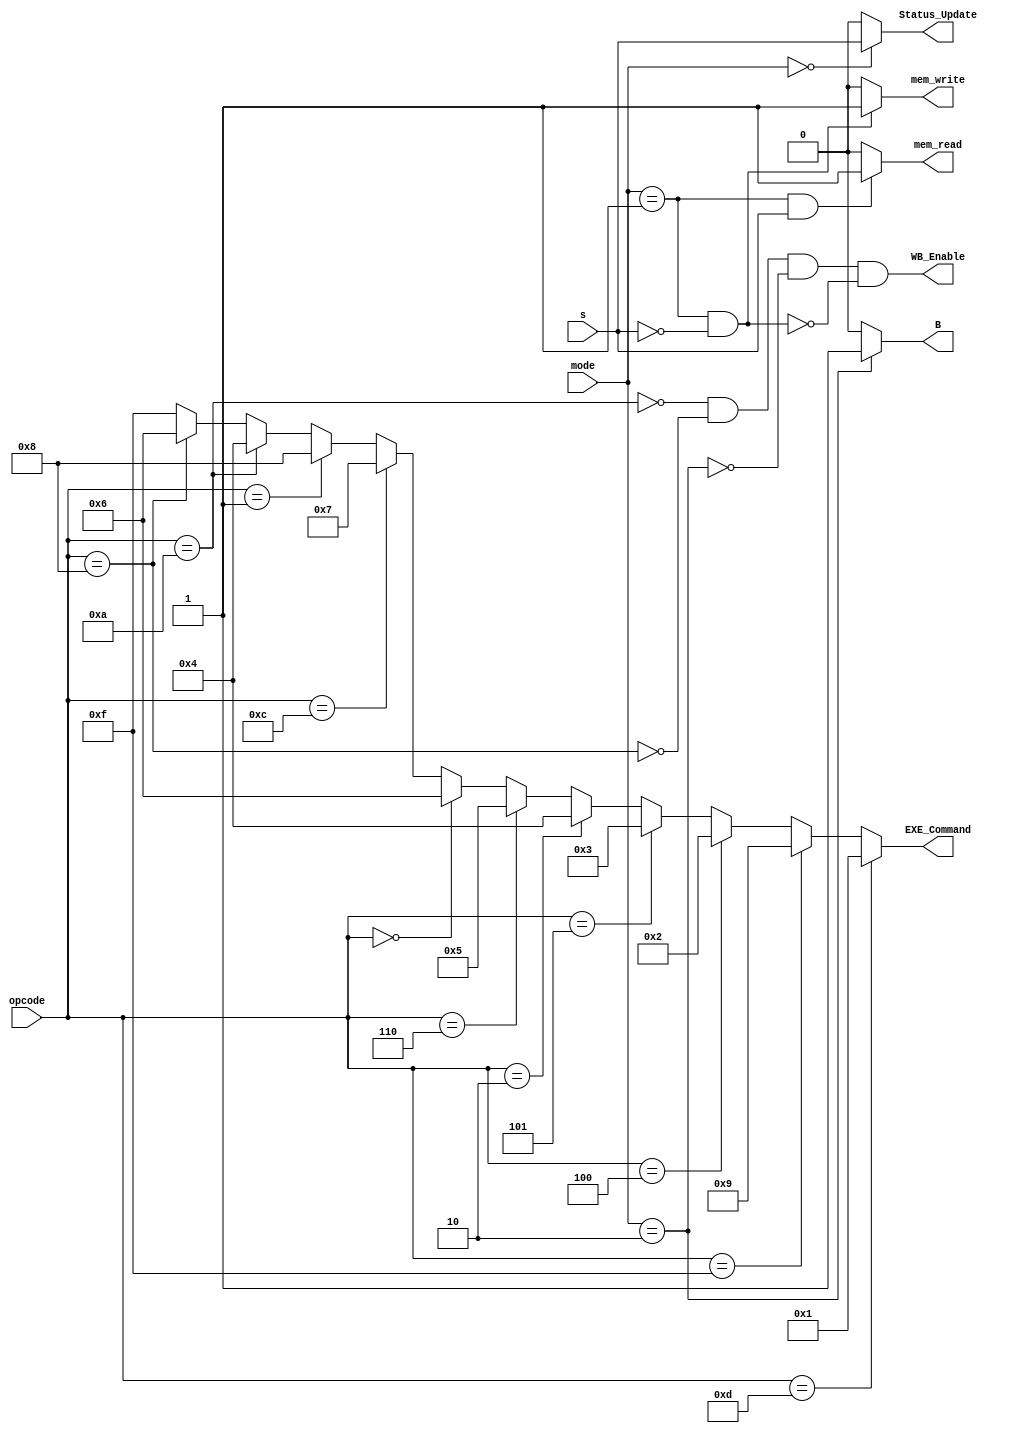
module Control_Unit (
	mode,
	opcode,
	s,
	EXE_Command,
	mem_read,
	mem_write,
	WB_Enable,
	B,
	Status_Update
);

	input [1:0] mode;
	input [3:0] opcode;
	input s;
	output [3:0] EXE_Command;
	output mem_read, mem_write;
	output WB_Enable;
	output B;
	output reg Status_Update;

	assign EXE_Command =  opcode == 4'b1101 ? 4'b0001 : 
						opcode == 4'b1111 ? 4'b1001 :
						opcode == 4'b0100 ? 4'b0010 :
						opcode == 4'b0101 ? 4'b0011 :
						opcode == 4'b0010 ? 4'b0100 :  
						opcode == 4'b0110 ? 4'b0101 :
						opcode == 4'b0000 ? 4'b0110 : 
						opcode == 4'b1100 ? 4'b0111 :
						opcode == 4'b0001 ? 4'b1000 :
						opcode == 4'b1010 ? 4'b0100 :
						opcode == 4'b1000 ? 4'b0110 :
			        	opcode == 4'b0100 ? 4'b0010 : 4'b1111;

	assign WB_Enable = !(opcode == 4'b1010) && !(opcode == 4'b1000) && !(mode == 2'b10) && !(mode == 2'b01 && s == 0);

	assign B = (mode == 2'b10) ? 1'b1 : 1'b0;

	assign mem_read = (mode == 2'b01 && s == 1) ? 1'b1 : 1'b0;

	assign mem_write = (mode == 2'b01 && s == 0) ? 1'b1 : 1'b0;


	always@(*)begin
			if(mode == 2'b00)
				Status_Update <= s;
			else
				Status_Update <= 0;
	end
	
endmodule